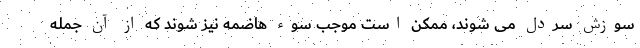
سوزش سردل می شوند، ممکن است موجب سوء هاضمه نیز شوند که از آن جمله